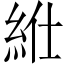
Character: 𥿥